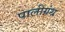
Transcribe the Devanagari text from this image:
पालीग्रंथ